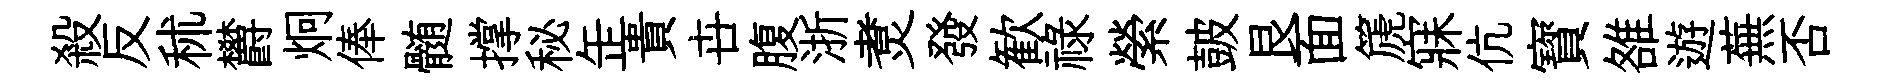
殺反秫欝炯俸髄撑秘𦈢貴卋腹浙煑發歓祿縈皷艮面篪寐伉寳雒遊蕪否